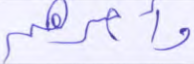
وأمرهم